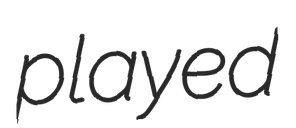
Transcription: played